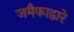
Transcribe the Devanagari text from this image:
जमैकाद्वारे